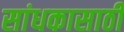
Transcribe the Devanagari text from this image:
सांधकासाठी